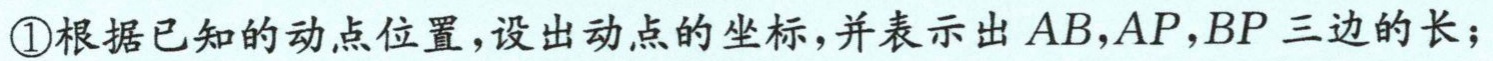
\textcircled{1}根据已知的动点位置，设出动点的坐标，并表示出 \(AB,AP,BP\) 三边的长；